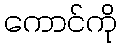
ကောင်ကို